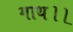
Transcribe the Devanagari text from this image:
गाथ।।